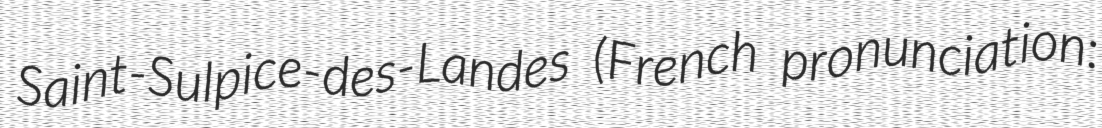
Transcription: Saint-Sulpice-des-Landes (French pronunciation: